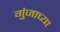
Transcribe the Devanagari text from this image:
गुंजाच्या